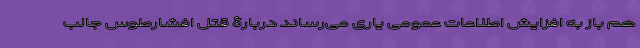
هم باز به افزایش اطلاعات عمومی یاری می‌رساند دربارۀ قتل افشارطوس جالب